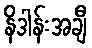
နိဒါန်းအချီ